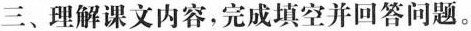
三、理解课文内容，完成填空并回答问题。